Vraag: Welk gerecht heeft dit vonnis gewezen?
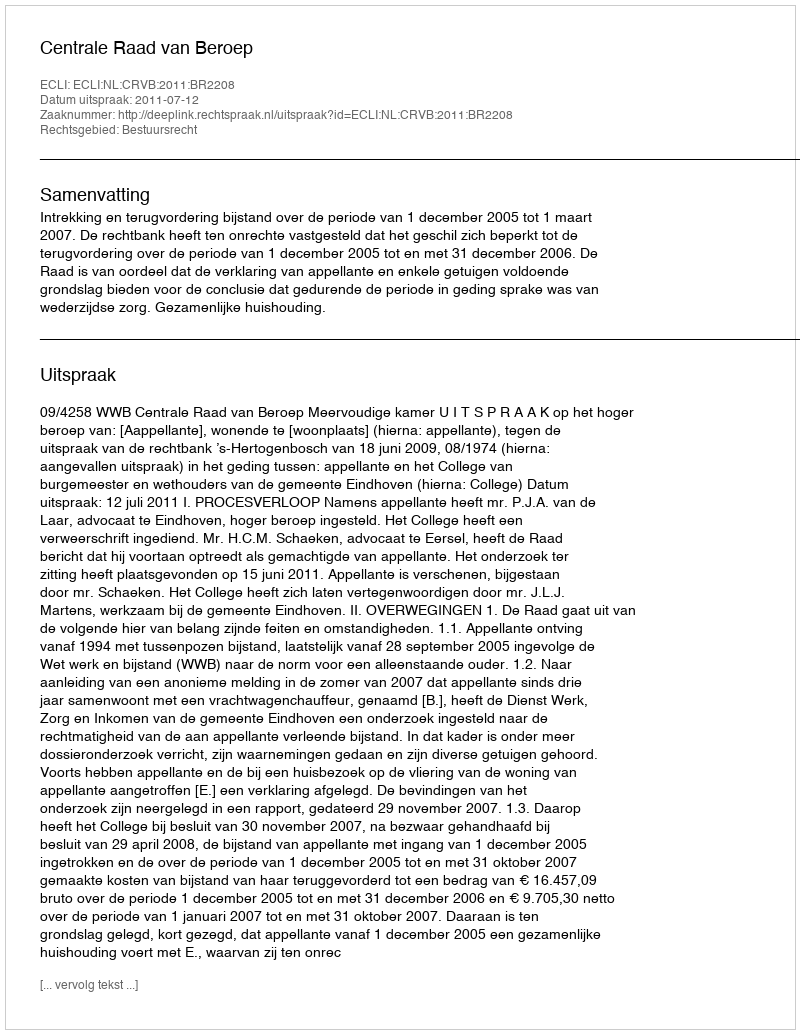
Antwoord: Centrale Raad van Beroep